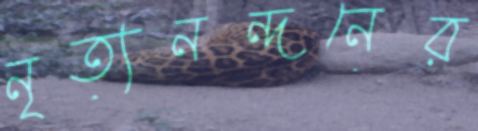
নৃত্যনন্দনের